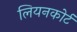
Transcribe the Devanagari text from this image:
लियनकोर्ट